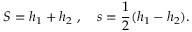
S = h _ { 1 } + h _ { 2 } \ , \quad s = { \frac { 1 } { 2 } } ( h _ { 1 } - h _ { 2 } ) .